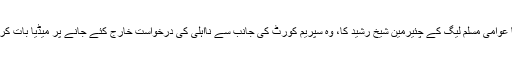
ایسا کہنا تھا عوامی مسلم لیگ کے چئیرمین شیخ رشید کا، وہ سپریم کورٹ کی جانب سے نااہلی کی درخواست خارج کئے جانے پر میڈیا بات کر رہے تھے۔